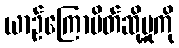
ယာဉ်ကြောပိတ်ဆို့မှုကို